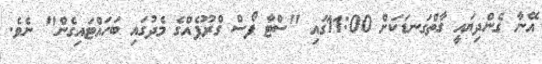
އޭނާ ގެންދިޔައީ ގާތްގަނޑަކަށް 11:00ގައި "ސްޓާ ފޯސް ގްރޫޕެއްގެ މެދުގައި ބަހައްޓައިގެން" ނެވެ.